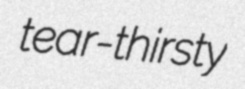
tear-thirsty